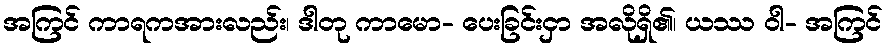
အကြင် ကာရကအားလည်း၊ ဒါတု ကာမော- ပေးခြင်းငှာ အလိုရှိ၏၊ ယဿ ဝါ- အကြင်